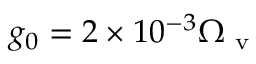
g _ { 0 } = 2 \times 1 0 ^ { - 3 } \Omega _ { \mathrm { ~ v ~ } }